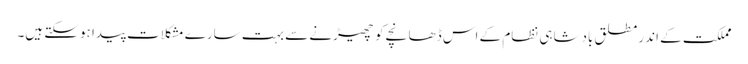
مملکت کے اندر مطلق بادشاہی نظام کے اس ڈھانچے کو چھیڑنے سے بہت سارے مشکلات پیدا ہوسکتے ہیں۔